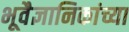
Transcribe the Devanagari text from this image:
भूवैज्ञानिकांच्या